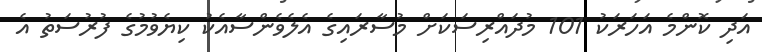
އަދި ކޮންމެ އަހަރަކު 101 މުދައްރިސަކަށް މުސާރައިގެ އެލެވެންސާއެކު ކިޔެވުމުގެ ފުރުސަތު އެ